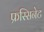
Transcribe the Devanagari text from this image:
फ्रस्सिनेट